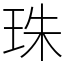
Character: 珠